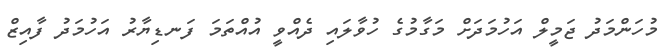
މުހަންމަދު ޖަމީލް އަހުމަދަށް މަގާމުގެ ހުވާލައި ދެއްވީ އުއްތަމަ ފަނޑިޔާރު އަހުމަދު ފާއިޒް